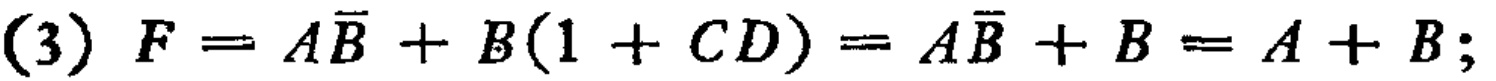
(3) \(F = A\overline{B}+B(1 + CD)=A\overline{B}+B=A + B;\)